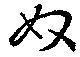
奴